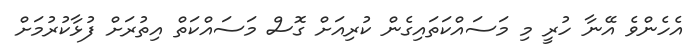
އެހެންވެ އޭނާ ހުރީ މި މަސައްކަތައިގެން ކުރިއަށް ގޮސް މަސައްކަތް އިތުރަށް ފުޅާކުރުމަށް